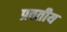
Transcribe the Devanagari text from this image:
प्रवतीय